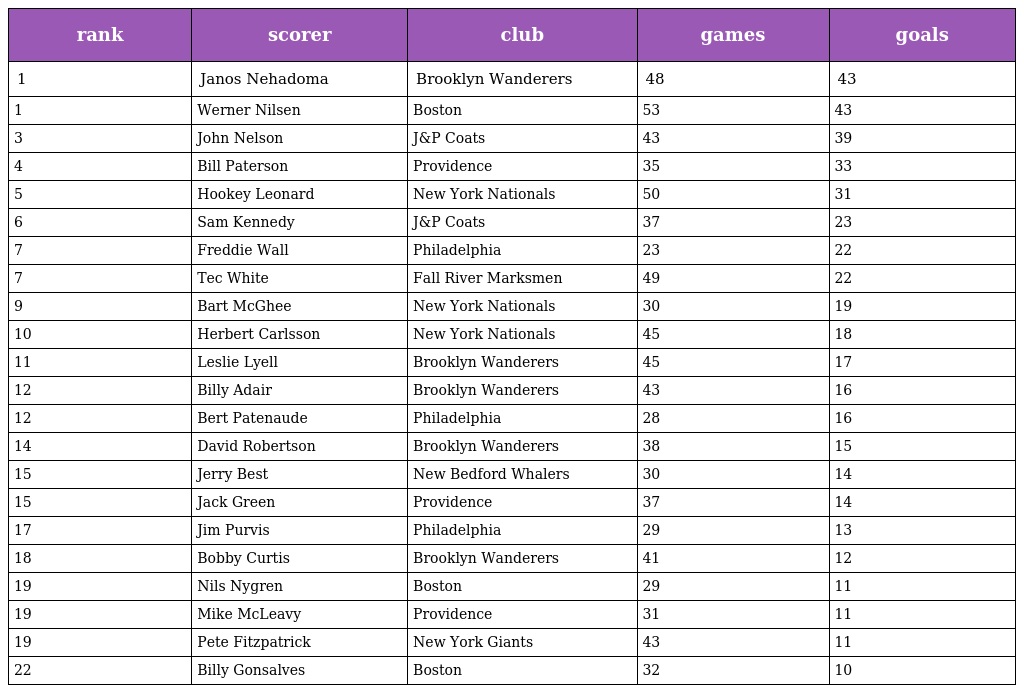
| rank | scorer | club | games | goals |
 | --- | --- | --- | --- | --- |
 | 1 | Janos Nehadoma | Brooklyn Wanderers | 48 | 43 |
 | 1 | Werner Nilsen | Boston | 53 | 43 |
 | 3 | John Nelson | J&P Coats | 43 | 39 |
 | 4 | Bill Paterson | Providence | 35 | 33 |
 | 5 | Hookey Leonard | New York Nationals | 50 | 31 |
 | 6 | Sam Kennedy | J&P Coats | 37 | 23 |
 | 7 | Freddie Wall | Philadelphia | 23 | 22 |
 | 7 | Tec White | Fall River Marksmen | 49 | 22 |
 | 9 | Bart McGhee | New York Nationals | 30 | 19 |
 | 10 | Herbert Carlsson | New York Nationals | 45 | 18 |
 | 11 | Leslie Lyell | Brooklyn Wanderers | 45 | 17 |
 | 12 | Billy Adair | Brooklyn Wanderers | 43 | 16 |
 | 12 | Bert Patenaude | Philadelphia | 28 | 16 |
 | 14 | David Robertson | Brooklyn Wanderers | 38 | 15 |
 | 15 | Jerry Best | New Bedford Whalers | 30 | 14 |
 | 15 | Jack Green | Providence | 37 | 14 |
 | 17 | Jim Purvis | Philadelphia | 29 | 13 |
 | 18 | Bobby Curtis | Brooklyn Wanderers | 41 | 12 |
 | 19 | Nils Nygren | Boston | 29 | 11 |
 | 19 | Mike McLeavy | Providence | 31 | 11 |
 | 19 | Pete Fitzpatrick | New York Giants | 43 | 11 |
 | 22 | Billy Gonsalves | Boston | 32 | 10 |